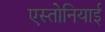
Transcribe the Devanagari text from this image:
एस्तोनियाई